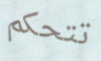
تتحكم